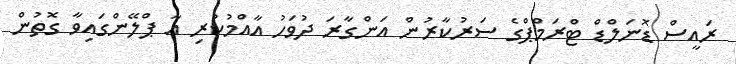
ރައީސް ޑޮނަލްޑް ޓްރަމްޕްގެ ސަރުކާރުން އަންގާރަ ދުވަހު އާއްމުކުރި އާ ޕްލޭންގައިވާ ގޮތުން